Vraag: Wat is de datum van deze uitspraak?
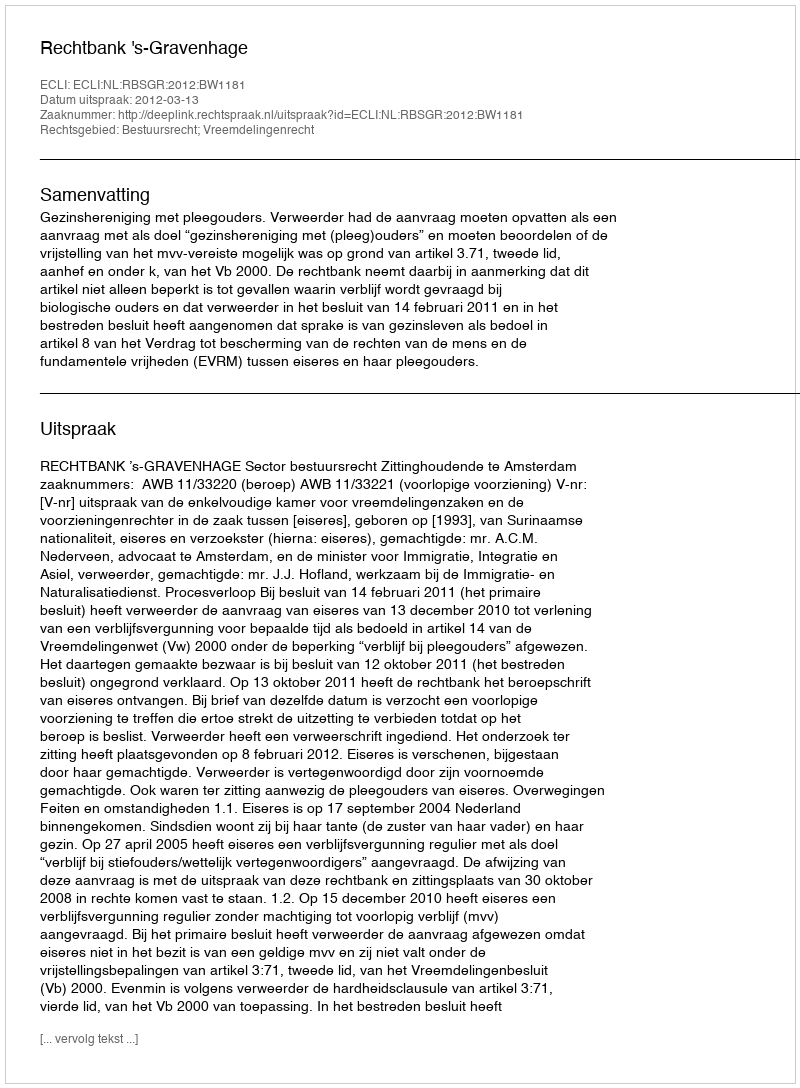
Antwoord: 2012-03-13